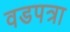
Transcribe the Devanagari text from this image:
वडपत्रा